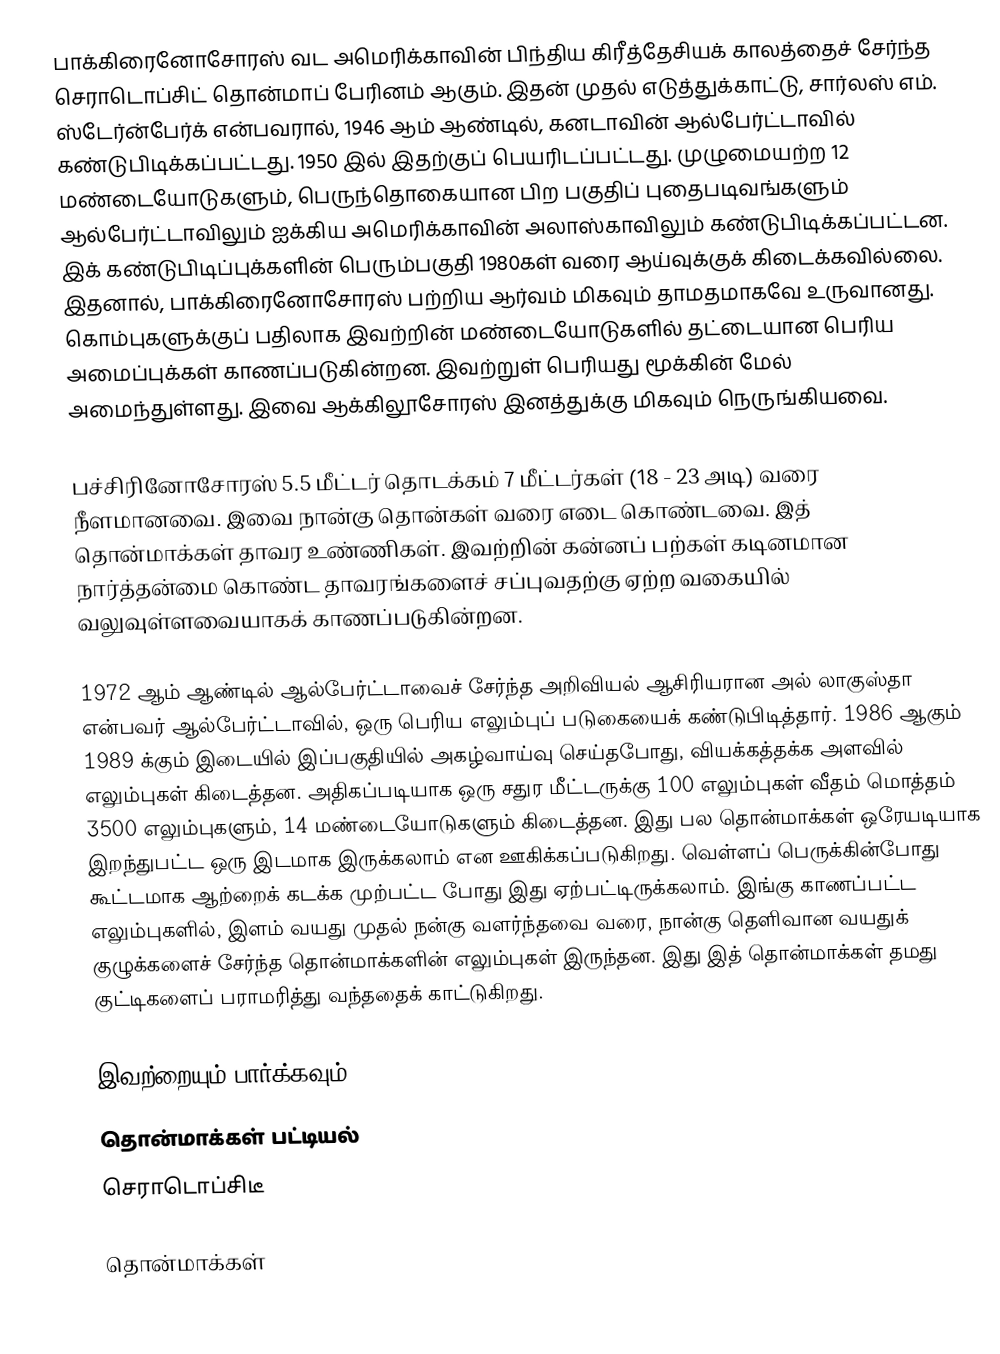
பாக்கிரைனோசோரஸ் வட அமெரிக்காவின் பிந்திய கிரீத்தேசியக் காலத்தைச் சேர்ந்த செராடொப்சிட் தொன்மாப் பேரினம் ஆகும். இதன் முதல் எடுத்துக்காட்டு, சார்லஸ் எம். ஸ்டேர்ன்பேர்க் என்பவரால், 1946 ஆம் ஆண்டில், கனடாவின் ஆல்பேர்ட்டாவில் கண்டுபிடிக்கப்பட்டது. 1950 இல் இதற்குப் பெயரிடப்பட்டது. முழுமையற்ற 12 மண்டையோடுகளும், பெருந்தொகையான பிற பகுதிப் புதைபடிவங்களும் ஆல்பேர்ட்டாவிலும் ஐக்கிய அமெரிக்காவின் அலாஸ்காவிலும் கண்டுபிடிக்கப்பட்டன. இக் கண்டுபிடிப்புக்களின் பெரும்பகுதி 1980கள் வரை ஆய்வுக்குக் கிடைக்கவில்லை. இதனால், பாக்கிரைனோசோரஸ் பற்றிய ஆர்வம் மிகவும் தாமதமாகவே உருவானது. கொம்புகளுக்குப் பதிலாக இவற்றின் மண்டையோடுகளில் தட்டையான பெரிய அமைப்புக்கள் காணப்படுகின்றன. இவற்றுள் பெரியது மூக்கின் மேல் அமைந்துள்ளது. இவை ஆக்கிலூசோரஸ் இனத்துக்கு மிகவும் நெருங்கியவை.

பச்சிரினோசோரஸ் 5.5 மீட்டர் தொடக்கம் 7 மீட்டர்கள் (18 - 23 அடி) வரை நீளமானவை. இவை நான்கு தொன்கள் வரை எடை கொண்டவை. இத் தொன்மாக்கள் தாவர உண்ணிகள். இவற்றின் கன்னப் பற்கள் கடினமான நார்த்தன்மை கொண்ட தாவரங்களைச் சப்புவதற்கு ஏற்ற வகையில் வலுவுள்ளவையாகக் காணப்படுகின்றன.

1972 ஆம் ஆண்டில் ஆல்பேர்ட்டாவைச் சேர்ந்த அறிவியல் ஆசிரியரான அல் லாகுஸ்தா என்பவர் ஆல்பேர்ட்டாவில், ஒரு பெரிய எலும்புப் படுகையைக் கண்டுபிடித்தார். 1986 ஆகும் 1989 க்கும் இடையில் இப்பகுதியில் அகழ்வாய்வு செய்தபோது, வியக்கத்தக்க அளவில் எலும்புகள் கிடைத்தன. அதிகப்படியாக ஒரு சதுர மீட்டருக்கு 100 எலும்புகள் வீதம் மொத்தம் 3500 எலும்புகளும், 14 மண்டையோடுகளும் கிடைத்தன. இது பல தொன்மாக்கள் ஒரேயடியாக இறந்துபட்ட ஒரு இடமாக இருக்கலாம் என ஊகிக்கப்படுகிறது. வெள்ளப் பெருக்கின்போது கூட்டமாக ஆற்றைக் கடக்க முற்பட்ட போது இது ஏற்பட்டிருக்கலாம். இங்கு காணப்பட்ட எலும்புகளில், இளம் வயது முதல் நன்கு வளர்ந்தவை வரை, நான்கு தெளிவான வயதுக் குழுக்களைச் சேர்ந்த தொன்மாக்களின் எலும்புகள் இருந்தன. இது இத் தொன்மாக்கள் தமது குட்டிகளைப் பராமரித்து வந்ததைக் காட்டுகிறது.

இவற்றையும் பார்க்கவும்
 தொன்மாக்கள் பட்டியல்
 செராடொப்சிடீ

தொன்மாக்கள்